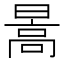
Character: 暠